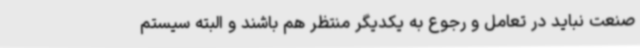
صنعت نباید در تعامل و رجوع به یکدیگر منتظر هم باشند و البته سیستم